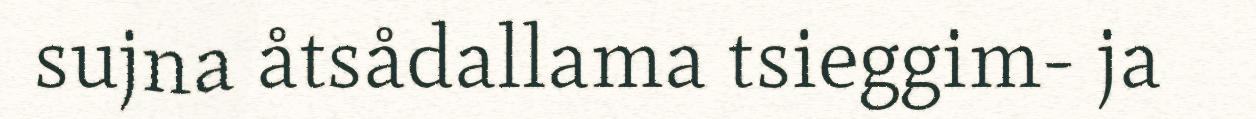
sujna åtsådallama tsieggim- ja